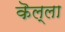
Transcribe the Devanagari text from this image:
कॆल्ला